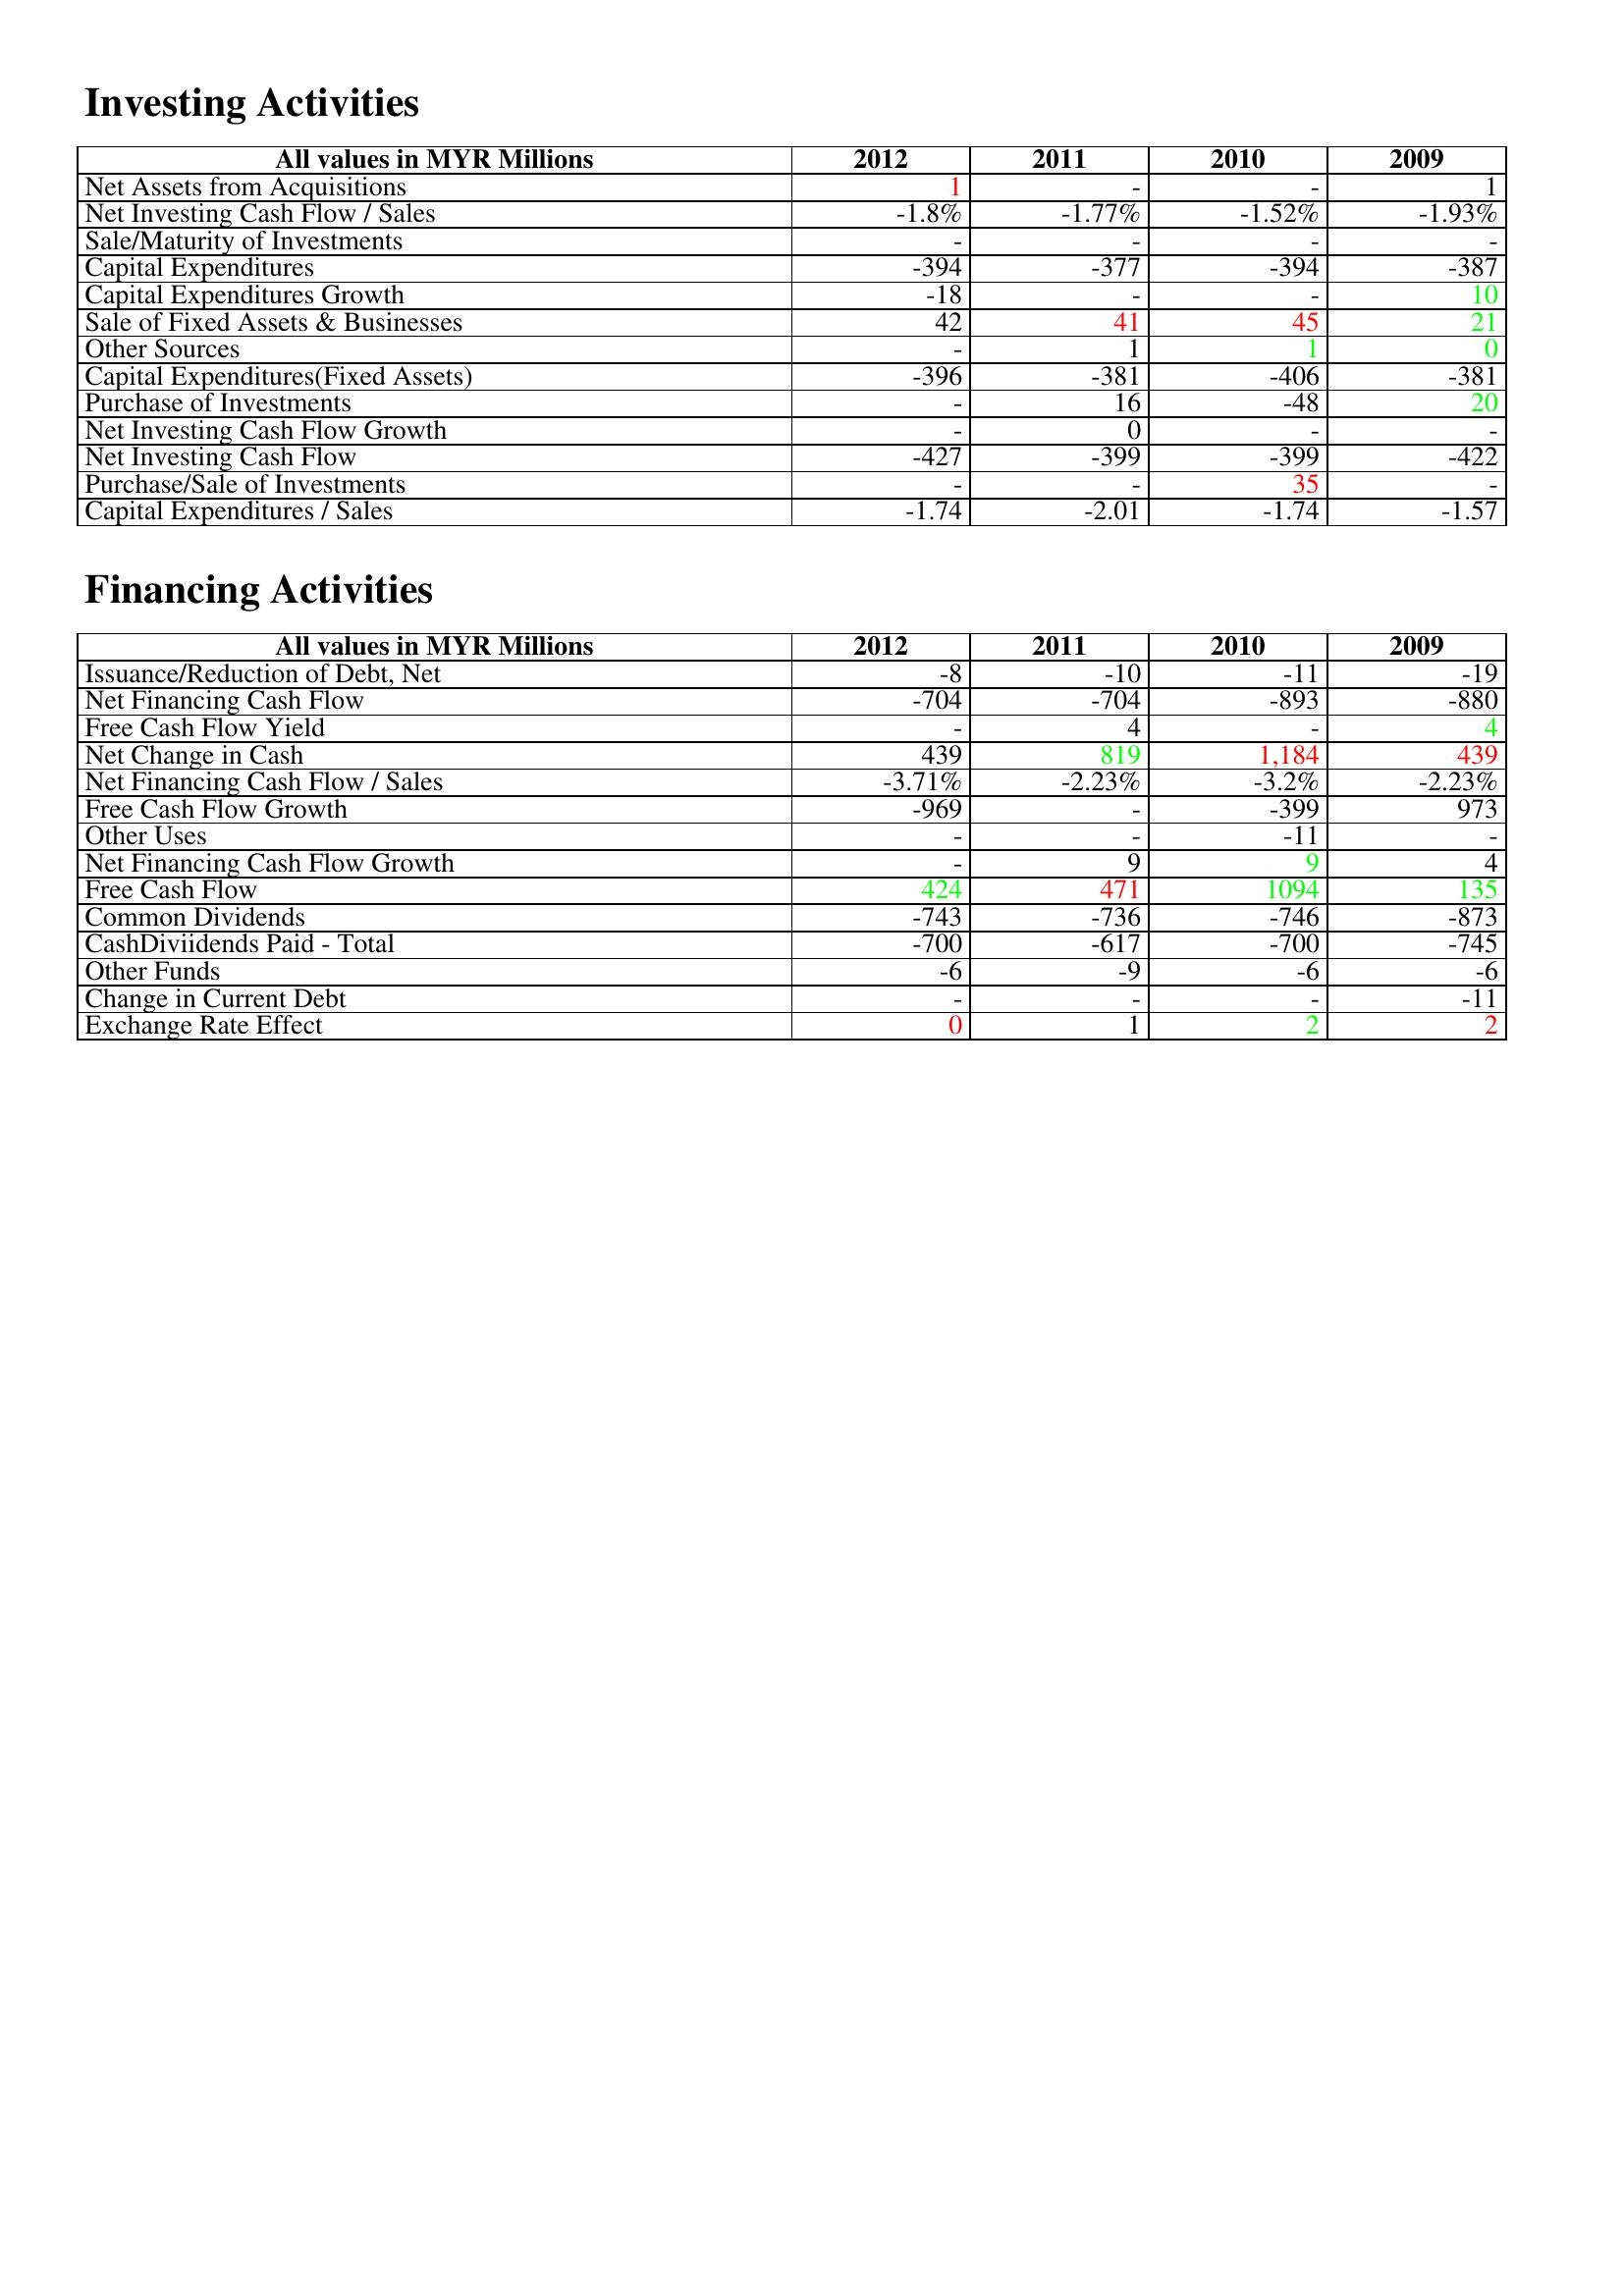
gt_parse: 2012: Investing Activities: Net Assets from Acquisitions: 1
Net Investing Cash Flow / Sales: -1.8%
Sale/Maturity of Investments: -
Capital Expenditures: -394
Capital Expenditures Growth: -18
Sale of Fixed Assets & Businesses: 42
Other Sources: -
Capital Expenditures(Fixed Assets): -396
Purchase of Investments: -
Net Investing Cash Flow Growth: -
Net Investing Cash Flow: -427
Purchase/Sale of Investments: -
Capital Expenditures / Sales: -1.74
Financing Activities: Issuance/Reduction of Debt, Net: -8
Net Financing Cash Flow: -704
Free Cash Flow Yield: -
Net Change in Cash: 439
Net Financing Cash Flow / Sales: -3.71%
Free Cash Flow Growth: -969
Other Uses: -
Net Financing Cash Flow Growth: -
Free Cash Flow: 424
Common Dividends: -743
CashDiviidends Paid - Total: -700
Other Funds: -6
Change in Current Debt: -
Exchange Rate Effect: 0
2011: Investing Activities: Net Assets from Acquisitions: -
Net Investing Cash Flow / Sales: -1.77%
Sale/Maturity of Investments: -
Capital Expenditures: -377
Capital Expenditures Growth: -
Sale of Fixed Assets & Businesses: 41
Other Sources: 1
Capital Expenditures(Fixed Assets): -381
Purchase of Investments: 16
Net Investing Cash Flow Growth: 0
Net Investing Cash Flow: -399
Purchase/Sale of Investments: -
Capital Expenditures / Sales: -2.01
Financing Activities: Issuance/Reduction of Debt, Net: -10
Net Financing Cash Flow: -704
Free Cash Flow Yield: 4
Net Change in Cash: 819
Net Financing Cash Flow / Sales: -2.23%
Free Cash Flow Growth: -
Other Uses: -
Net Financing Cash Flow Growth: 9
Free Cash Flow: 471
Common Dividends: -736
CashDiviidends Paid - Total: -617
Other Funds: -9
Change in Current Debt: -
Exchange Rate Effect: 1
2010: Investing Activities: Net Assets from Acquisitions: -
Net Investing Cash Flow / Sales: -1.52%
Sale/Maturity of Investments: -
Capital Expenditures: -394
Capital Expenditures Growth: -
Sale of Fixed Assets & Businesses: 45
Other Sources: 1
Capital Expenditures(Fixed Assets): -406
Purchase of Investments: -48
Net Investing Cash Flow Growth: -
Net Investing Cash Flow: -399
Purchase/Sale of Investments: 35
Capital Expenditures / Sales: -1.74
Financing Activities: Issuance/Reduction of Debt, Net: -11
Net Financing Cash Flow: -893
Free Cash Flow Yield: -
Net Change in Cash: 1,184
Net Financing Cash Flow / Sales: -3.2%
Free Cash Flow Growth: -399
Other Uses: -11
Net Financing Cash Flow Growth: 9
Free Cash Flow: 1094
Common Dividends: -746
CashDiviidends Paid - Total: -700
Other Funds: -6
Change in Current Debt: -
Exchange Rate Effect: 2
2009: Investing Activities: Net Assets from Acquisitions: 1
Net Investing Cash Flow / Sales: -1.93%
Sale/Maturity of Investments: -
Capital Expenditures: -387
Capital Expenditures Growth: 10
Sale of Fixed Assets & Businesses: 21
Other Sources: 0
Capital Expenditures(Fixed Assets): -381
Purchase of Investments: 20
Net Investing Cash Flow Growth: -
Net Investing Cash Flow: -422
Purchase/Sale of Investments: -
Capital Expenditures / Sales: -1.57
Financing Activities: Issuance/Reduction of Debt, Net: -19
Net Financing Cash Flow: -880
Free Cash Flow Yield: 4
Net Change in Cash: 439
Net Financing Cash Flow / Sales: -2.23%
Free Cash Flow Growth: 973
Other Uses: -
Net Financing Cash Flow Growth: 4
Free Cash Flow: 135
Common Dividends: -873
CashDiviidends Paid - Total: -745
Other Funds: -6
Change in Current Debt: -11
Exchange Rate Effect: 2